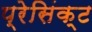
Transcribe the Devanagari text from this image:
प्रेसिंक्ट